Calcutta medical institutions reports 1871-78
Year: 1871
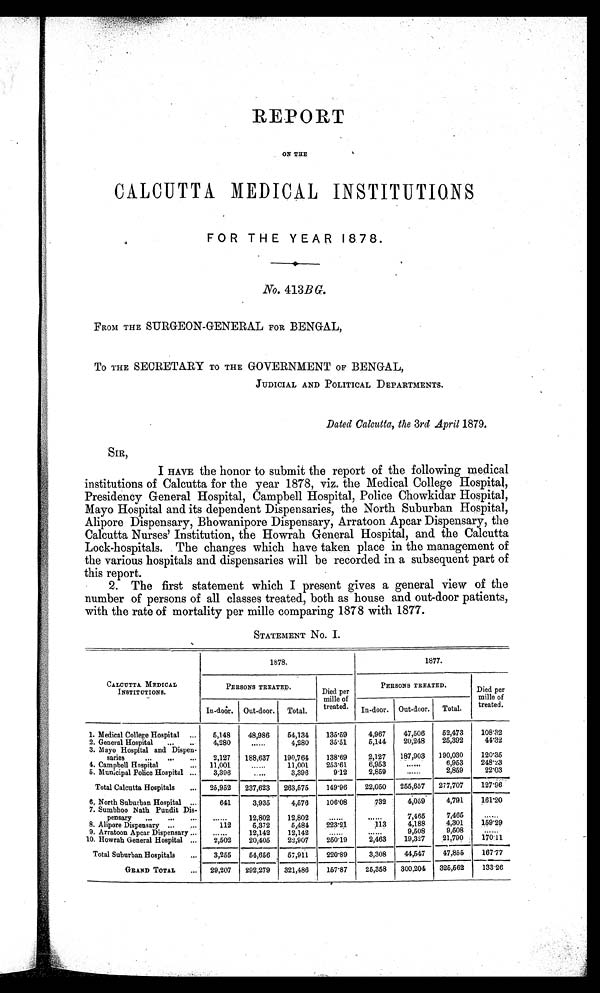
REPORT
ON THE
CALCUTTA MEDICAL INSTITUTIONS
FOR THE YEAR 1878.
No. 413B G.
FROM THE SURGEON-GENERAL FOR BENGAL,
To THE SECRETARY TO THE GOVERNMENT OF BENGAL.
JUDICIAL AND POLITICAL DEPARTMENTS.
Dated Calcutta, the 3rd April 1879.
SIR,
I HAVE the honor to submit the report of the following medical
institutions of Calcutta for the year 1878, viz. the Medical College Hospital,
PresidencyGeneral Hospital, Campbell Hospital, Police Chowkidar Hospital,
Mayo Hospital and its dependent Dispensaries, the North Suburban Hospital,
Alipore Dispensary, Bhowanipore Dispensary, Arratoon Apcar Dispensary, the
Calcutta Nurses' Institution, the Howrah General Hospital, and the Calcutta
Lock-hospitals. The changes which have taken place in the management of
the various hospitals and dispensaries will be recorded in a subsequent part of
this report.
2. The first statement which I present gives a general view of the
number of persons of all classes treated, both as house and out-door patients,
with the rate of mortality per mille comparing 1878 with 1877.
STATEMENT No. I.
CALCUTTA. MEDICAL
INSTITUTIONS.
1878.
1877.
PERSONS TREATED.
Died per
mille of
treated.
PERSONS TREATED.
Died per
mille of
treated.
In-door. Out-door. Total.
In-door. Out-door. Total.
1. Medical College Hospital
5,148
48,986
54,134
135.59
4,967
47,506
52,473
108.32
2. General Hospital
4,280
......
4,280
35.51
5,144
20,248
25,392
44.32
3. Mayo Hospital and Dispen-
saries
2,127
188,637
190,764
138.69
2,127
187,903
190,030
120.35
4. Campbell Hospital
11,00
......
11,001
253.61
6,953
......
6,953
248.23
5. Municipal Police Hospital
3,396
......
3,396
9.12
2,859
......
2,859
22.03
Total Calcutta Hospitals
25,952
237,623
263,575
149.96
22,050
255,657
277,707
127.96
6, North Suburban Hospital
641
3,935
4,576
106.08
732
4,059
4,791
161.20
7. Sumbhoo Nath Pundit Dis-
pensary
......
12,802
12,802
......
......
7,465
7,465
......
8. Alipore Dispensary
112
5,372
5,484
2
223.21
113
4,188
4,301
1.59.29
9. Arratoon Apcar Dispensary
. . . . . .
12,142
12,142 ......
......
9,508
9,508
......
10. Howrah General Hospital
2,502
20,405
22,907
250.19
2 , 4 6 3
19,327
21,790
1 7 0 . 1 1
Total Suburban Hospitals
3,255
54,656
57,911
220.89
3,308 ...._
44,547
47,855
167.77
GRAND TOTAL
29,207
292,279
321,486
157.87
25,358
300,204 325,562
133.26